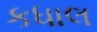
કધાલ